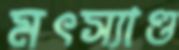
মৎস্যাণ্ড